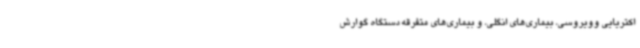
اکتریایی وویروسی، بیماری‌های انگلی، و بیماری‌های متفرقه دستگاه گوارش